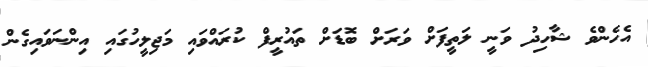
އެހެންވެ ޝާހިދު ވަނީ ލަތީފަށް ވަރަށް ބޮޑަށް ތައުރީފް ކުރައްވައި މަޖިލީހުގައި އިންނަވައިގެން